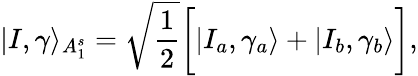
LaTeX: |I,\gamma\rangle_{A_{1}^{s}}=\sqrt{\frac{1}{2}}\bigg[|I_{a},\gamma_{a}\rangle+|I_{b},\gamma_{b}\rangle\bigg],